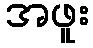
အဖူး